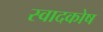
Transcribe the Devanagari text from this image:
स्वादकोष